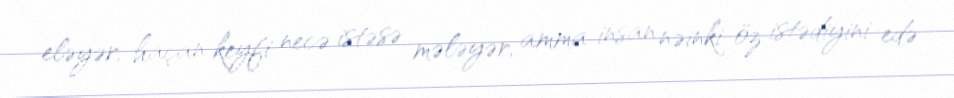
eləyər, haçan keyfi necə istəsə mələyər, amma insan nəinki öz istədiyini edə